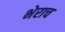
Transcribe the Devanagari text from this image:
भेराच